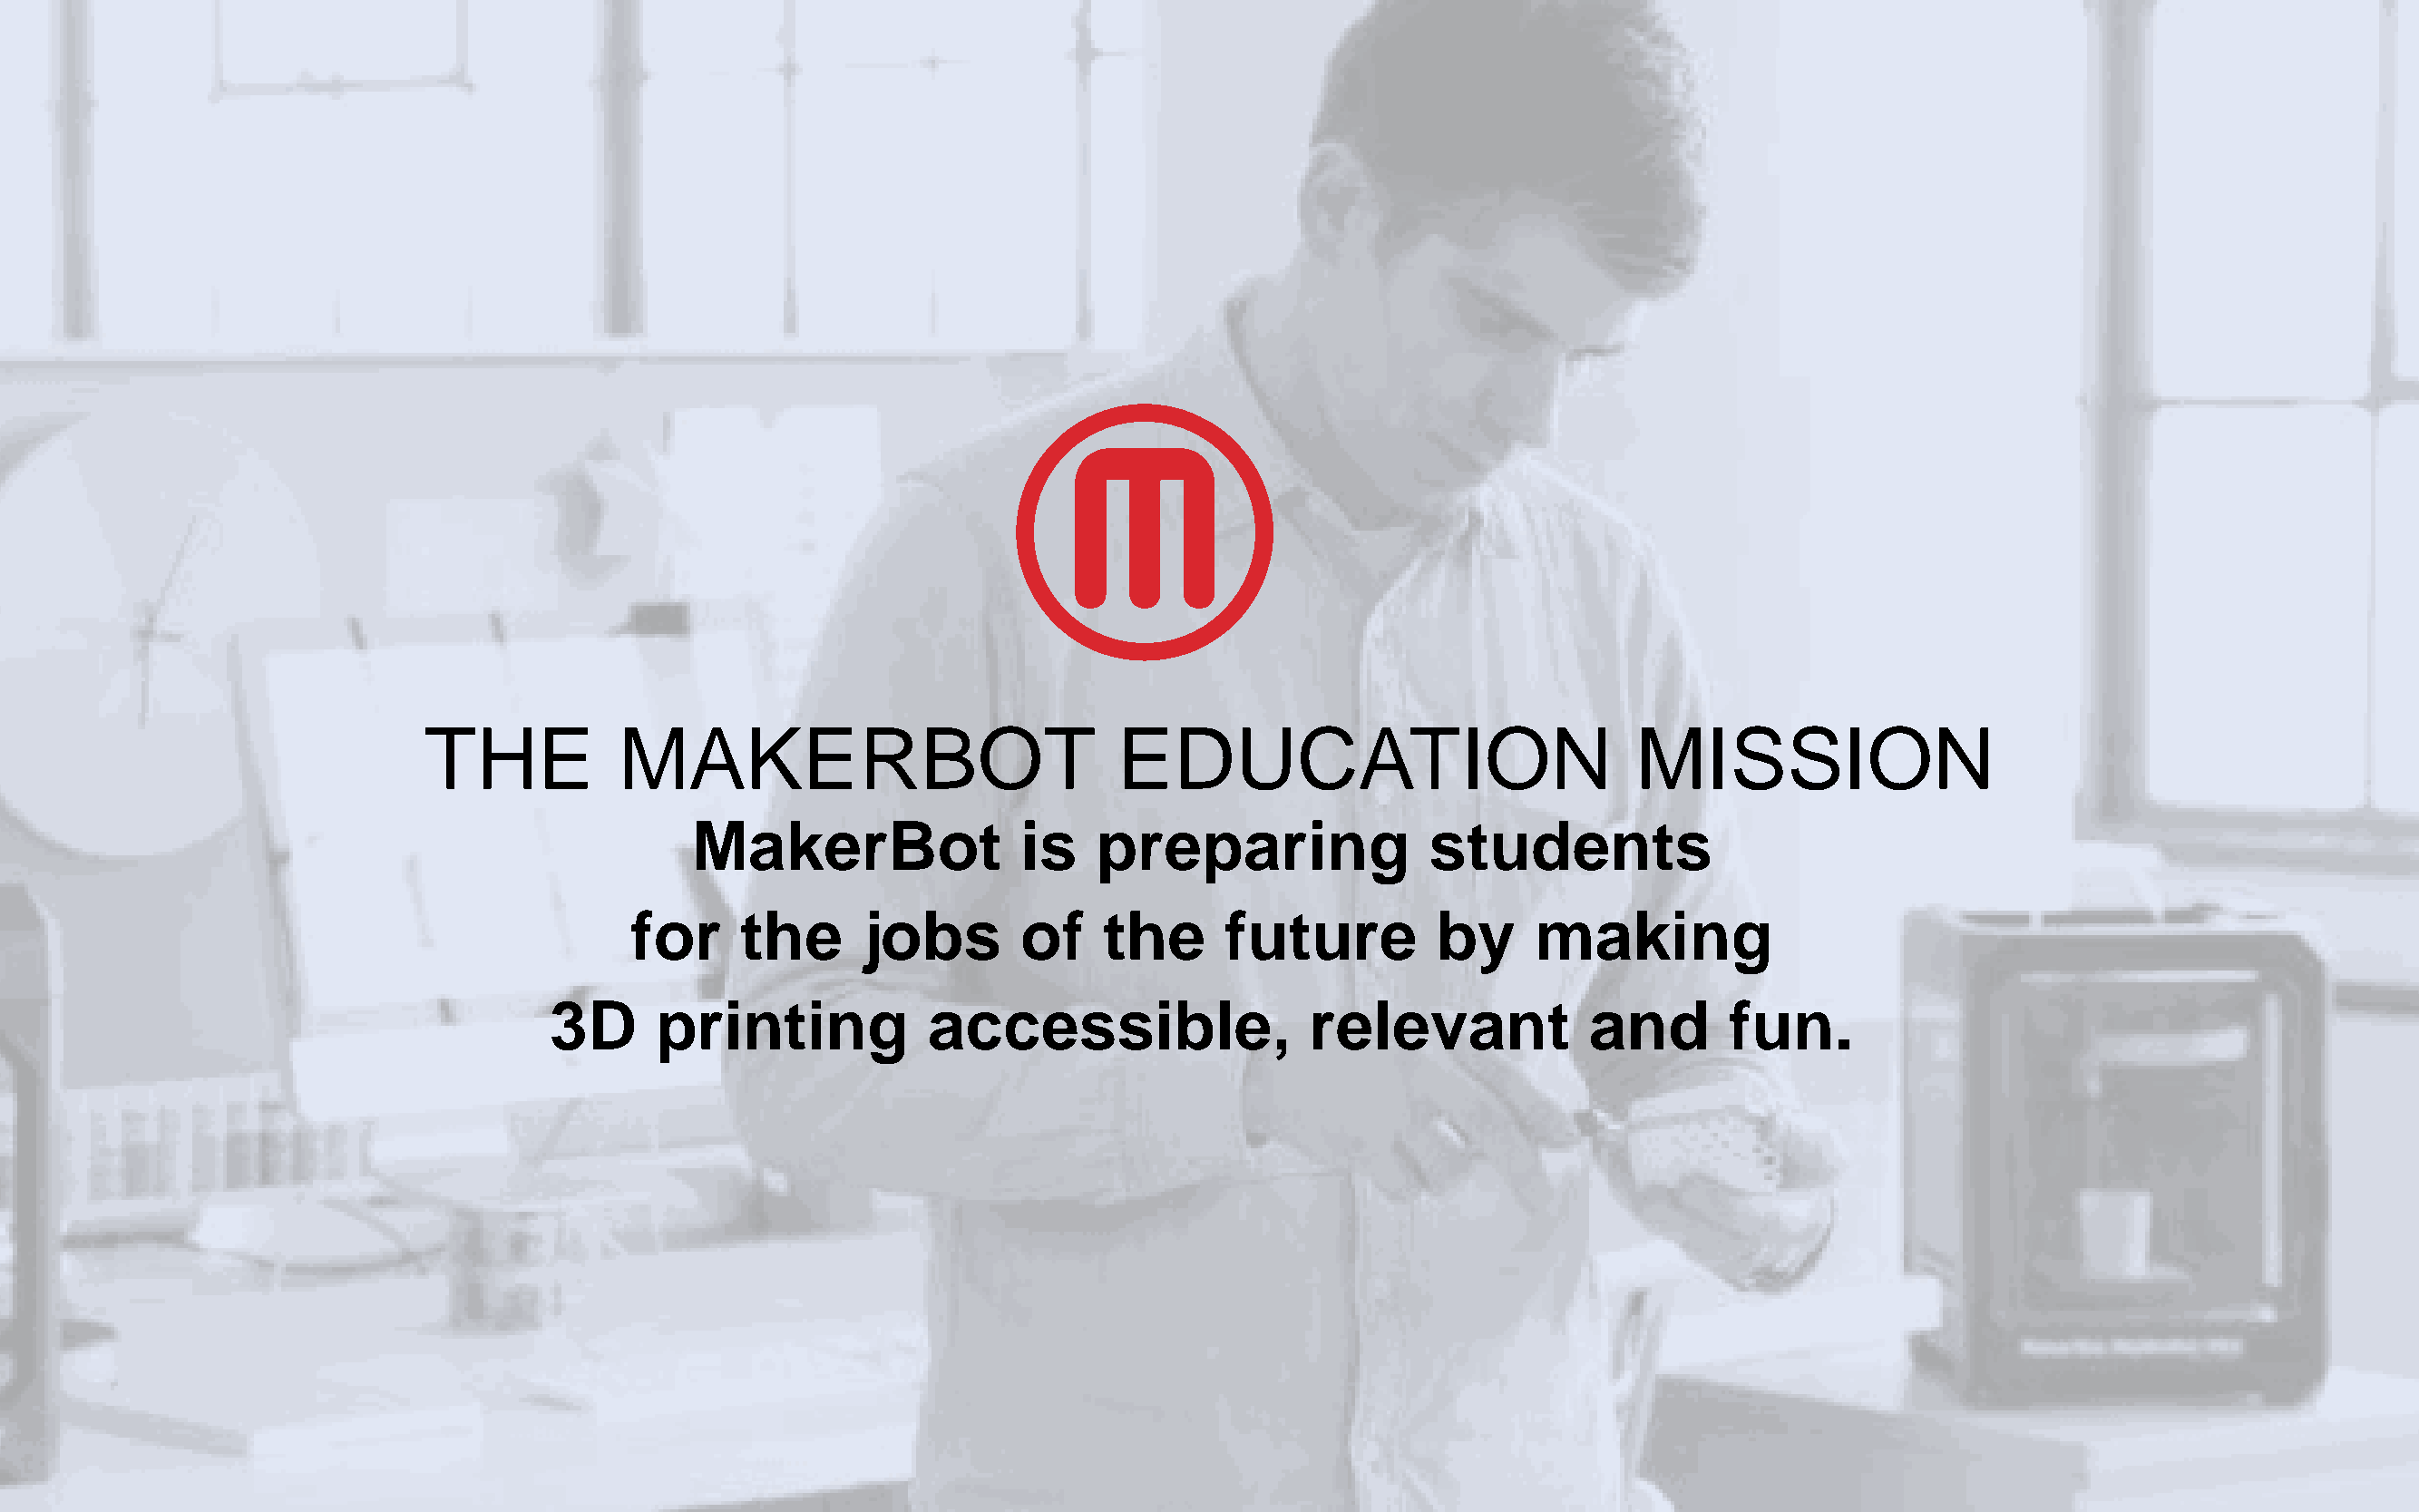
THE           MAKERBOT                             EDUCATION                            MISSION
 MakerBot                is    preparing               students
 for     the      jobs       of     the     future          by     making
 3D      printing            accessible,                 relevant            and       fun.